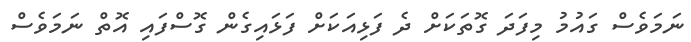
ނަމަވެސް ގައުމު މިފަދަ ގޮތަކަށް ދެ ފަޅިއަކަށް ފަޅައިގެން ގޮސްފައި އޮތް ނަމަވެސް